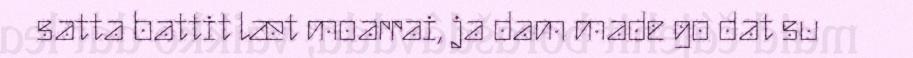
satta battit læt moarrai, ja dam made go dat su